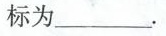
标为___。